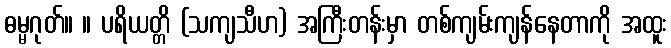
ဓမ္မဂုတ်။ ။ ပရိယတ္တိ (သကျသီဟ) အကြီးတန်းမှာ တစ်ကျမ်းကျန်နေတာကို အထူး